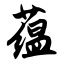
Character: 蕴